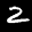
Label: 2